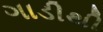
ગાડીથી